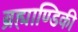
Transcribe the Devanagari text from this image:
ब्रह्माण्डिकी